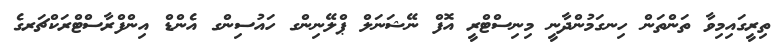
ތިރީގައިމިވާ ތަންތަން ހިނގަމުންދާނީ މިނިސްޓްރީ އޮފް ނޭޝަނަލް ޕްލޭނިންގ ހައުސިންގ އެންޑް އިންފްރާސްޓްރަކްޗަރގެ